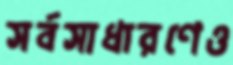
সর্বসাধারণেও